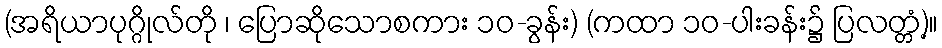
(အရိယာပုဂ္ဂိုလ်တို ၊ ပြောဆိုသောစကား ၁၀-ခွန်း) (ကထာ ၁၀-ပါးခန်း၌ ပြလတ္တံ့)။